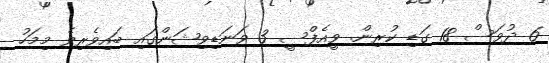
6 ދުވަސް 18 ގަޑި ކުރިން. ވީއެފްސީ 3 ވަނަޑިވިޝަންގައި ބައިވެރިވެ މިމަހު